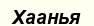
Хаанья